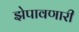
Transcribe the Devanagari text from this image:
झेपावणारी